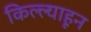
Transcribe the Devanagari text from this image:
किल्ल्याहून